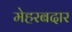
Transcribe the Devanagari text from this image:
मेहरबदार